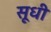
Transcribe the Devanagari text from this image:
सूधी